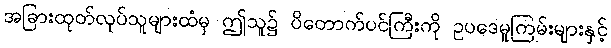
အခြားထုတ်လုပ်သူများထံမှ ဤသူ၌ ပိတောက်ပင်ကြီးကို ဥပဒေမူကြမ်းများနှင့်